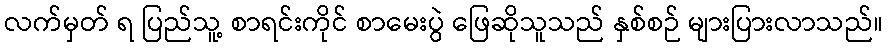
လက်မှတ် ရ ပြည်သူ့ စာရင်းကိုင် စာမေးပွဲ ဖြေဆိုသူသည် နှစ်စဉ် များပြားလာသည်။